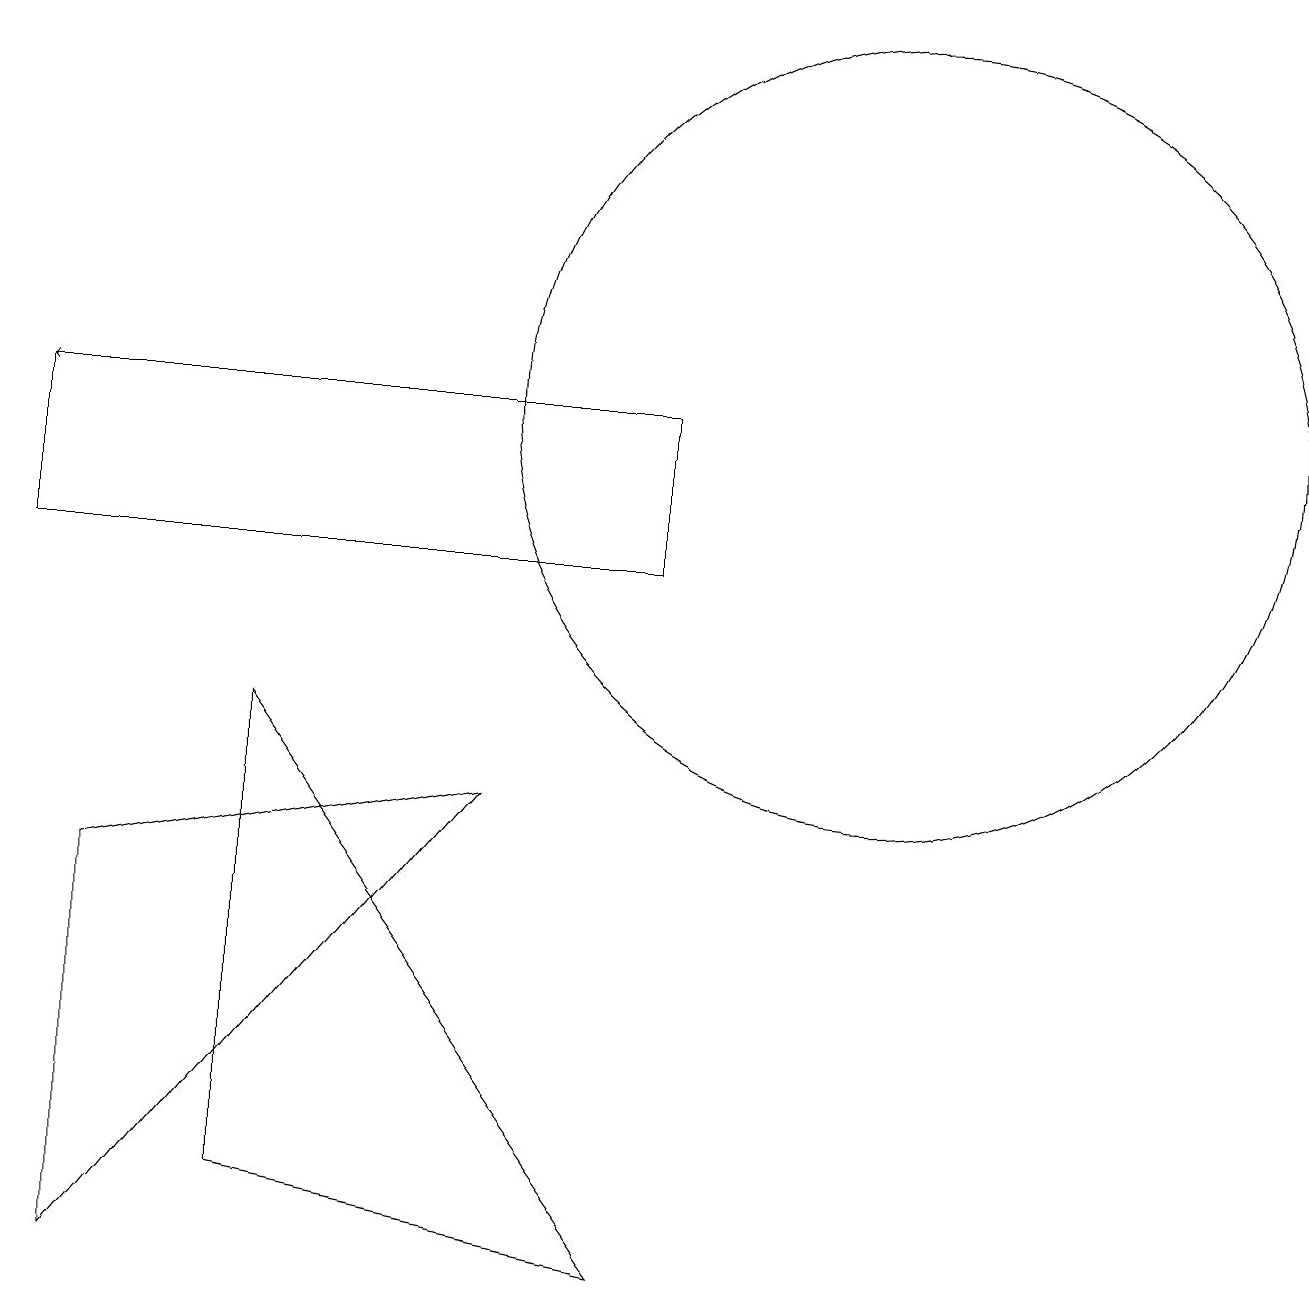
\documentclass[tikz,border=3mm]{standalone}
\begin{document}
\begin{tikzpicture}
\draw (1,1) -- (6,7) -- (1,6) -- cycle;
\draw (11,12) circle (5);
\draw (0,12) rectangle (8,10);
\draw[->] (8,12) -- (0,12);
\draw (3,8) -- (8,1) -- (3,2) -- cycle;
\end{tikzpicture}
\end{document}